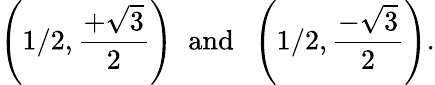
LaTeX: \left(1/2,{\frac{+{\sqrt{3}}}{2}}\right)\; \; \mathrm{and}\; \; \left(1/2,{\frac{-{\sqrt{3}}}{2}}\right).